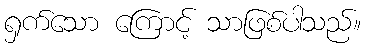
ရှက်သော ကြောင့် သာဖြစ်ပါသည်။